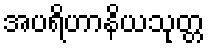
အပရိဟာနိယသုတ္တ